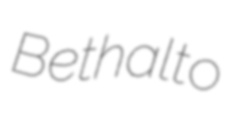
Bethalto